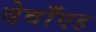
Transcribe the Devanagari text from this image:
देवाँएह